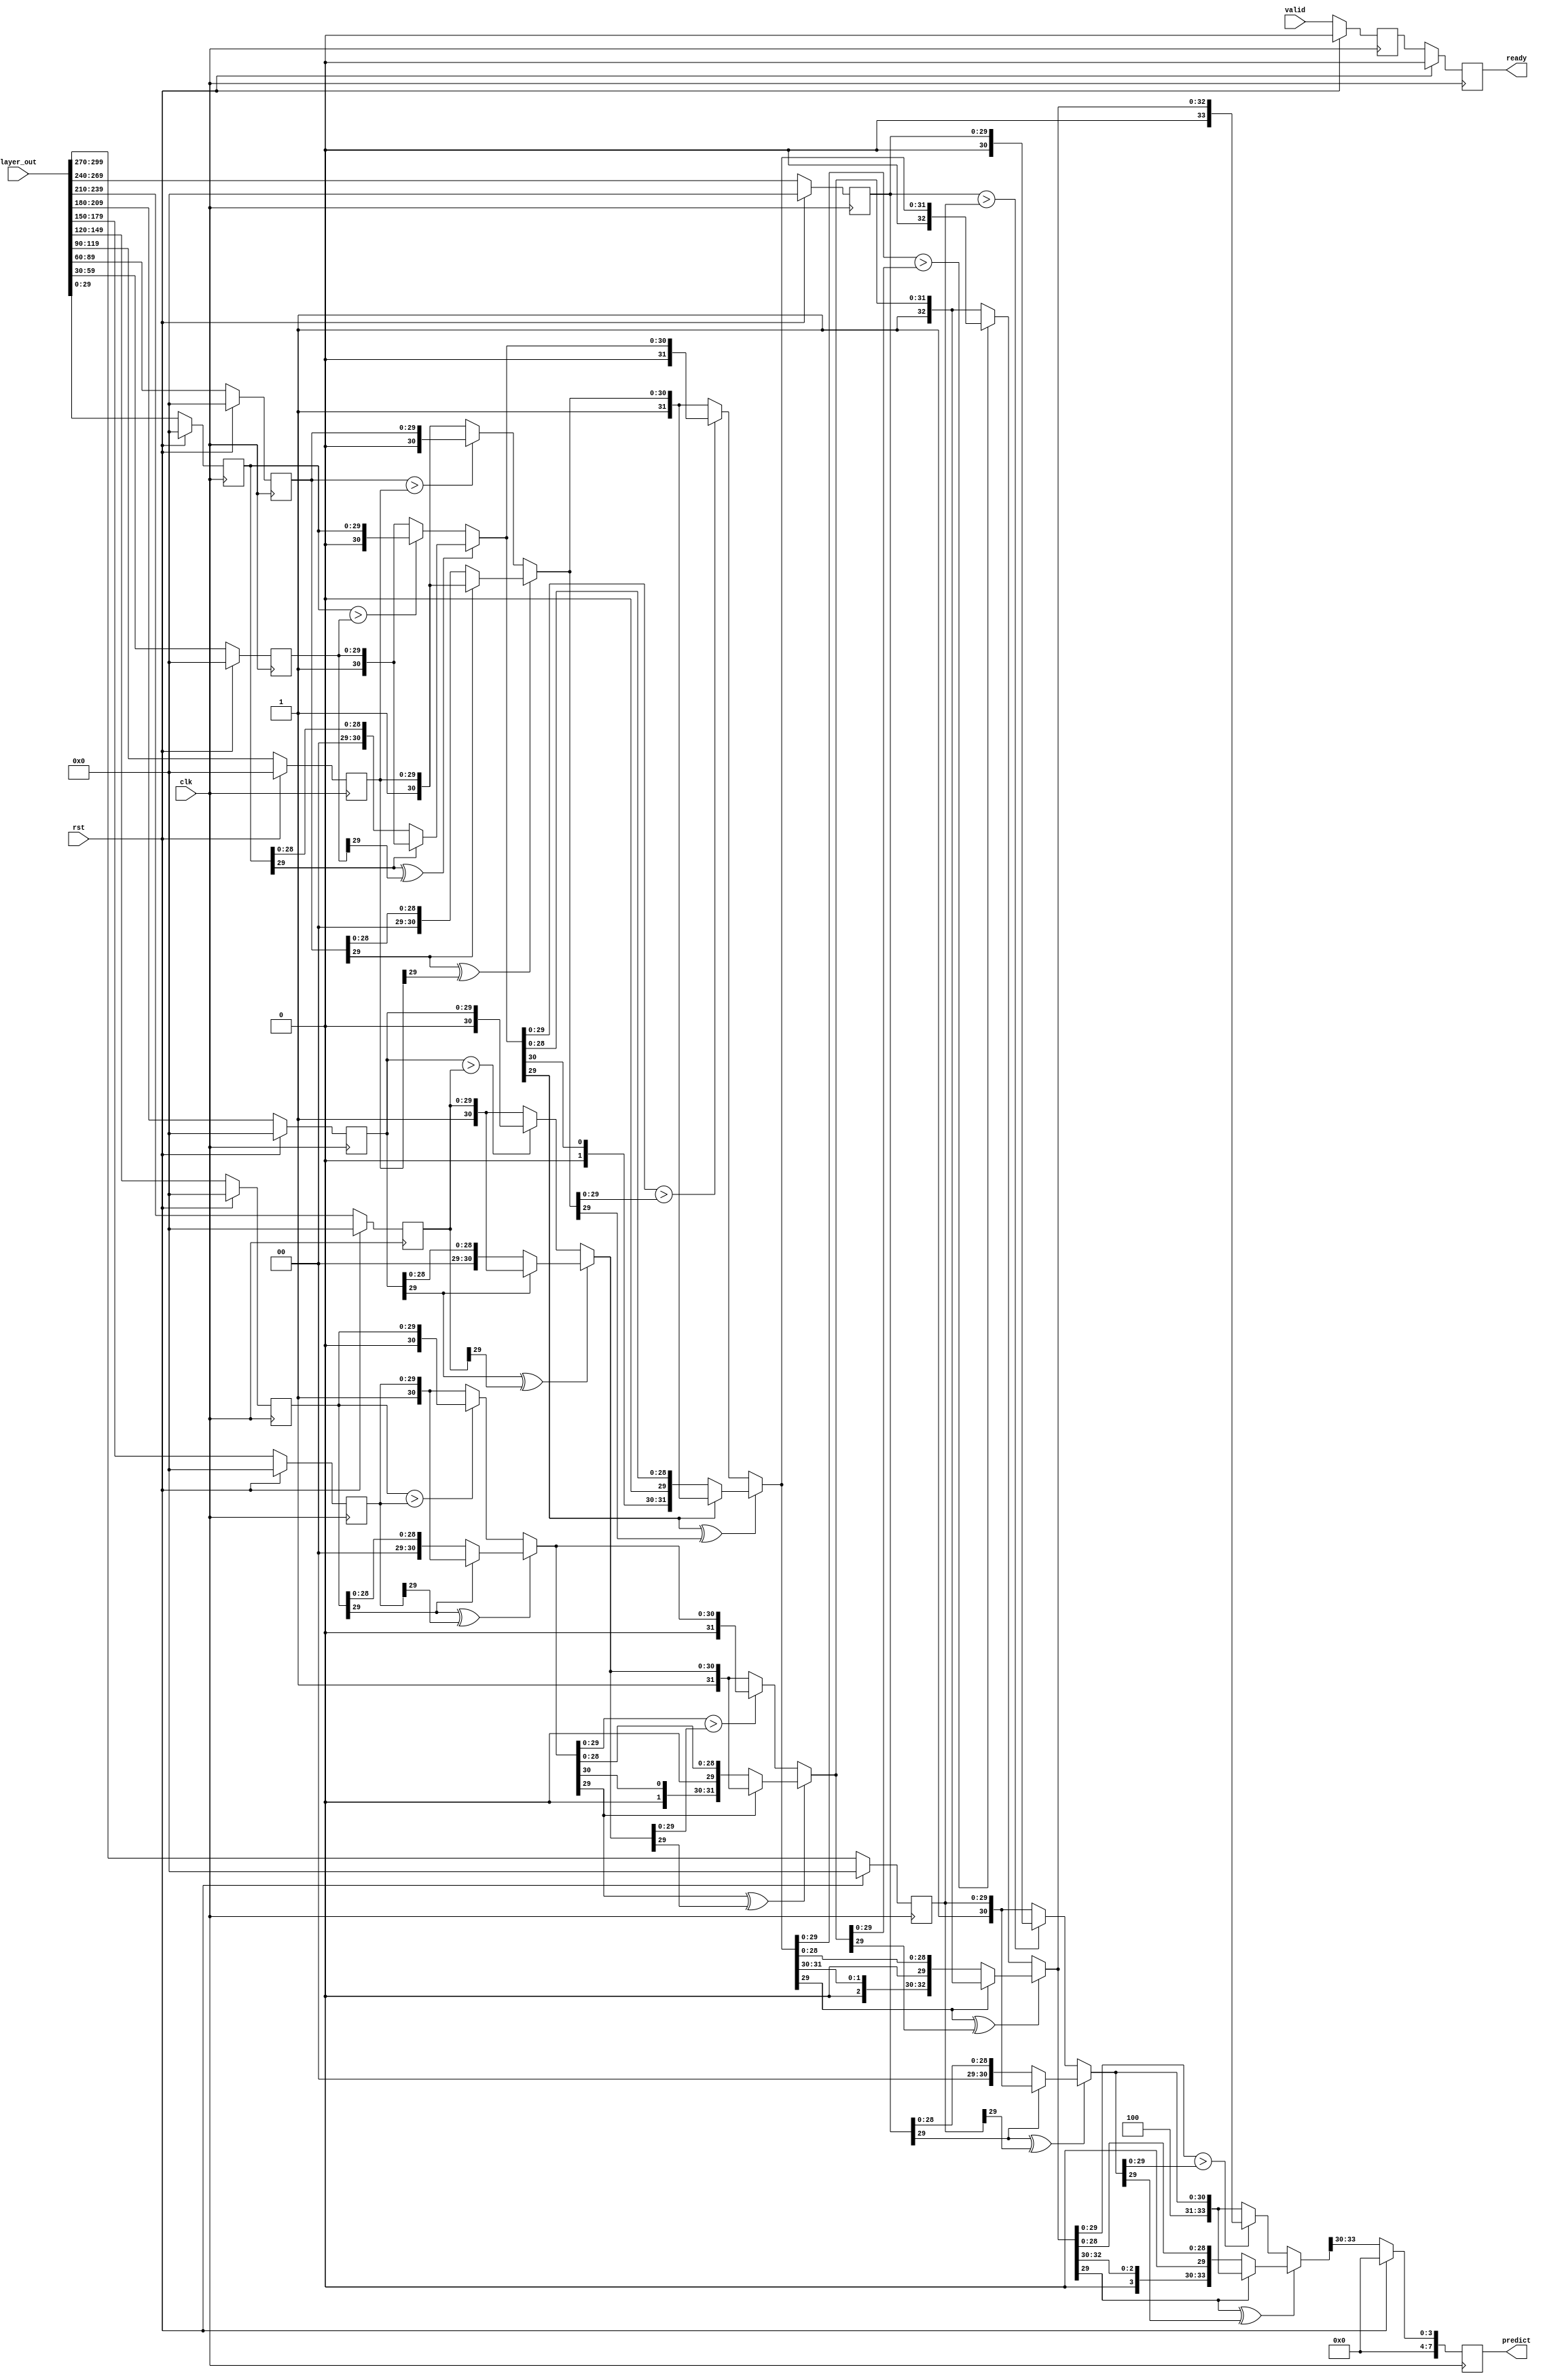
module comparator
(
input [30*10-1:0] layer_out,
input rst,
input clk,
input valid,
output  reg ready,
output reg [7:0] predict
);
parameter DATA_WIDTH=30;
reg [DATA_WIDTH-1: 0] result [0:9];
wire [4+DATA_WIDTH-1:0] com_re01,com_re23,com_re45,com_re67,com_re89;
reg ready_temp;
always@(posedge clk)
    begin
        if(rst)
            begin
                ready<=1'b0;
                ready_temp<=1'b0;
            end
        else
            begin
                ready_temp<=valid;
                ready<=ready_temp;
            end
    end
 
assign com_re01=(result[0][DATA_WIDTH-1]^result[1][DATA_WIDTH-1]) ? 
                                                        ((result[0][DATA_WIDTH-1]==1'b0)   ?   {4'd0,result[0]}:{4'd1,result[1]}):
                                                        ((result[0]>result[1]) ? {4'd0,result[0]}:{4'd1,result[1]});
assign com_re23=(result[2][DATA_WIDTH-1]^result[3][DATA_WIDTH-1]) ? 
                                                        ((result[2][DATA_WIDTH-1]==1'b0)   ?   {4'd2,result[2]}:{4'd3,result[3]}):
                                                        ((result[2]>result[3]) ? {4'd2,result[2]}:{4'd3,result[3]});
assign com_re45=(result[4][DATA_WIDTH-1]^result[5][DATA_WIDTH-1]) ? 
                                                        ((result[4][DATA_WIDTH-1]==1'b0)   ?   {4'd4,result[4]}:{4'd5,result[5]}):
                                                        ((result[4]>result[5]) ? {4'd4,result[4]}:{4'd5,result[5]});

assign com_re67=(result[6][DATA_WIDTH-1]^result[7][DATA_WIDTH-1]) ? 
                                                        ((result[6][DATA_WIDTH-1]==1'b0)   ?   {4'd6,result[6]}:{4'd7,result[7]}):
                                                        ((result[6]>result[7]) ? {4'd6,result[6]}:{4'd7,result[7]});
assign com_re89=(result[8][DATA_WIDTH-1]^result[9][DATA_WIDTH-1]) ? 
                                                        ((result[8][DATA_WIDTH-1]==1'b0)   ?   {4'd8,result[8]}:{4'd9,result[9]}):
                                                        ((result[8]>result[9]) ? {4'd8,result[8]}:{4'd9,result[9]});
wire [4+DATA_WIDTH-1:0] com_re01_23,com_re45_67,com_re0123_4567,com_re01234567_89;
assign com_re01_23=(com_re01[DATA_WIDTH-1]^com_re23[DATA_WIDTH-1])   ?
                                                        ((com_re01[DATA_WIDTH-1]==1'b0)  ?   com_re01:com_re23):
                                                        ((com_re01[DATA_WIDTH-1:0]>com_re23[DATA_WIDTH-1:0]) ?   com_re01:com_re23);
assign com_re45_67=(com_re45[DATA_WIDTH-1]^com_re67[DATA_WIDTH-1])   ?
                                                        ((com_re45[DATA_WIDTH-1]==1'b0)  ?   com_re45:com_re67):
                                                        ((com_re45[DATA_WIDTH-1:0]>com_re67[DATA_WIDTH-1:0]) ?   com_re45:com_re67);
assign com_re0123_4567=(com_re01_23[DATA_WIDTH-1]^com_re45_67[DATA_WIDTH-1])   ?
                                                        ((com_re01_23[DATA_WIDTH-1]==1'b0)  ?   com_re01_23:com_re45_67):
                                                        ((com_re01_23[DATA_WIDTH-1:0]>com_re45_67[DATA_WIDTH-1:0]) ?   com_re01_23:com_re45_67);
assign com_re01234567_89=(com_re0123_4567[DATA_WIDTH-1]^com_re89[DATA_WIDTH-1])   ?
                                                        ((com_re0123_4567[DATA_WIDTH-1]==1'b0)  ?   com_re0123_4567:com_re89):
                                                        ((com_re0123_4567[DATA_WIDTH-1:0]>com_re89[DATA_WIDTH-1:0]) ?   com_re0123_4567:com_re89);
integer i;
always@(posedge clk )
begin
    if(rst)
            begin
                for(i=0;i<10;i=i+1)
                    begin
                        result[i]<={30'b0};
                    end
                predict<=0;
            end
    else
    begin 
        predict <={4'b0,com_re01234567_89[4+DATA_WIDTH-1:4+DATA_WIDTH-1-3]};
       result[0]<=layer_out[29:0];
       result[1]<=layer_out[59:30];
       result[2]<=layer_out[89:60];
       result[3]<=layer_out[119:90];
       result[4]<=layer_out[149:120];
       result[5]<=layer_out[179:150];
       result[6]<=layer_out[209:180];
       result[7]<=layer_out[239:210];
       result[8]<=layer_out[269:240];
       result[9]<=layer_out[299:270];
    end
end
endmodule